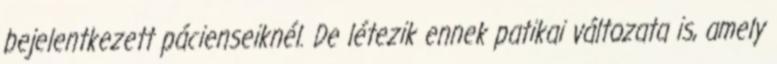
bejelentkezett pácienseiknél. De létezik ennek patikai változata is, amely